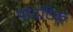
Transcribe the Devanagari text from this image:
पोयटिक